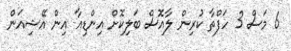
6 މަސް 3 ހަފްތާ ކުރިން ލާއޮސް ބަލިކޮށް އިންޑިއާ އިން އޭޝިއަން